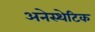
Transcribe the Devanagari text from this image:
अनेस्थेटिक